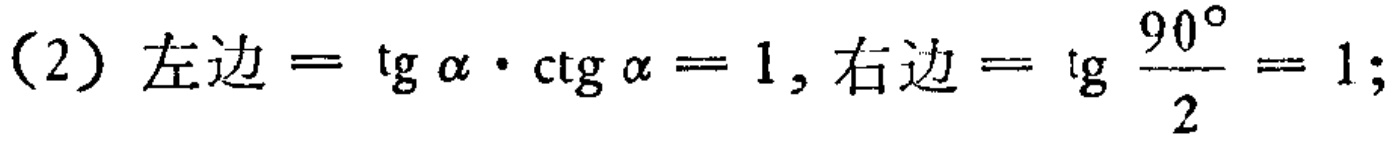
(2) 左边$=\mathrm{tg}\alpha\cdot\mathrm{ctg}\alpha = 1$, 右边$=\mathrm{tg}\frac{90^{\circ}}{2}=1$;